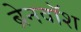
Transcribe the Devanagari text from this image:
ब्रेनवाॅश